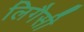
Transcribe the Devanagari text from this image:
लिगैसी